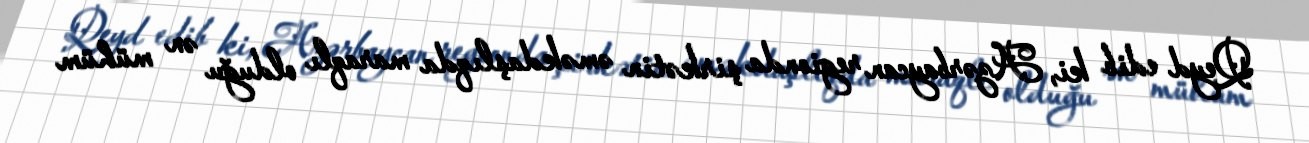
Qeyd edib ki, Azərbaycan regionda şirkətin əməkdaşlıqda maraqlı olduğu ən mühüm